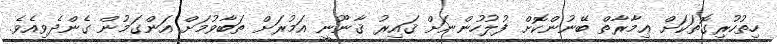
ހިތުހުރިގޮތަކަށް ޢިމާރާތް ބޭނުންކޮށް ފުލުހުންނަށް ޤައިރު ޤާނޫނީ އަމުރަށް ތަބާވުމަށް އަންގަމުން ގެންދެވިއެވެ.